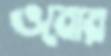
ওবোর